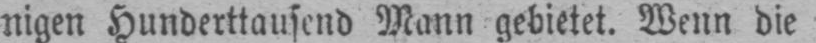
nigen Hunderttausend Mann gebietet. Wenn die